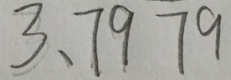
3 、 7 9 7 9